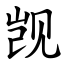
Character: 觊